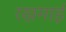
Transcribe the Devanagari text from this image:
रखमाई